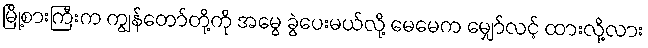
မြို့စားကြီးက ကျွန်တော်တို့ကို အမွေ ခွဲပေးမယ်လို့ မေမေက မျှော်လင့် ထားလို့လား